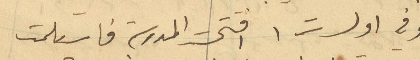
وفي اول ت1 افتتحت المدرسة فاستلمت